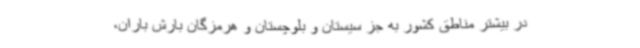
در بیشتر مناطق کشور به جز سیستان و بلوچستان و هرمزگان بارش باران،